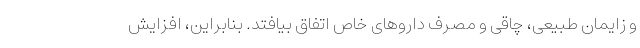
و زایمان طبیعی، چاقی و مصرف داروهای خاص اتفاق بیافتد. بنابراین، افزایش